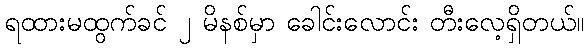
ရထားမထွက်ခင် ၂ မိနစ်မှာ ခေါင်းလောင်း တီးလေ့ရှိတယ်။